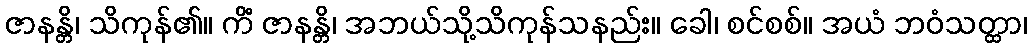
ဇာနန္တိ၊ သိကုန်၏။ ကိံ ဇာနန္တိ၊ အဘယ်သို့သိကုန်သနည်း။ ခေါ၊ စင်စစ်။ အယံ ဘဝံသတ္ထာ၊